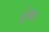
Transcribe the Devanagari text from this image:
कुंब